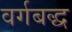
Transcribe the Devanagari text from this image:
वर्गबद्ध